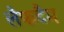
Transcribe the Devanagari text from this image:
लैफटैम